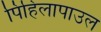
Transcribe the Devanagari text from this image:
पिहिलापाउल